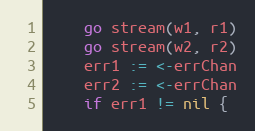
Language: Go
	go stream(w1, r1)
	go stream(w2, r2)
	err1 := <-errChan
	err2 := <-errChan
	if err1 != nil {